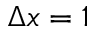
\Delta x = 1